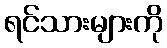
ရင်သားများကို